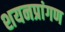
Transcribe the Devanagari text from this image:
शयनप्रांगण